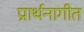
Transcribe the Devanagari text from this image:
प्रार्थनागीत